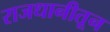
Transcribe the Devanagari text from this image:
राजधानीतून